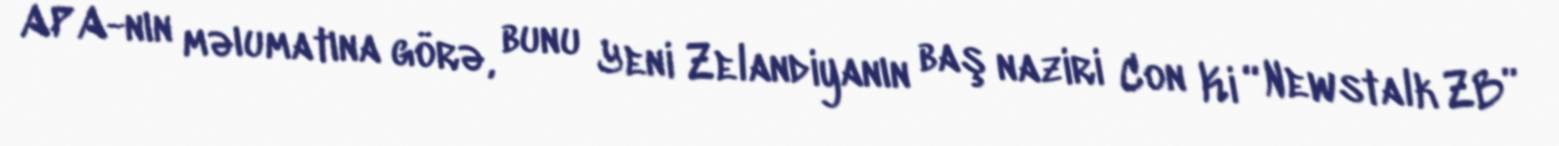
APA-nın məıumatına görə, bunu Yeni Zelandiyanın baş naziri Con Ki “Newstalk ZB”